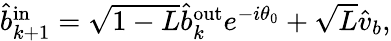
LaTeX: \begin{array}{r}{\hat{b}_{k+1}^{\mathrm{{in}}}=\sqrt{1-L}\hat{b}_{k}^{\mathrm{{out}}}e^{-i\theta_{0}}+\sqrt{L}\hat{v}_{b},}\end{array}